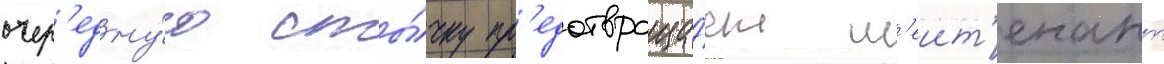
очер'едну́ю сты́чку пр'едотвраща́ет л'еит'енант